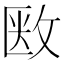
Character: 𢽇